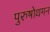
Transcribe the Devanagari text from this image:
पुरुषोथमन